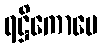
ရဋ္ဌိကောပေ